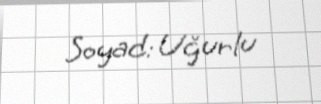
Soyad: Uğurlu